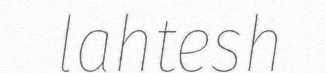
lahtesh